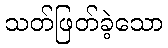
သတ်ဖြတ်ခဲ့သော